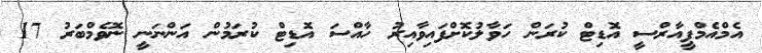
އެމްއެމްޕީއާރްސީ އޮޑިޓް ކުރަން ހަވާލުކޮށްފައިވާއިރު ހާއްސަ އޮޑިޓް ކުރަމުން އަންނަނީ ނޮވެމްބަރު 17